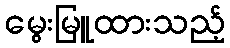
မွေးမြူထားသည့်